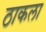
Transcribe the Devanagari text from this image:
ठाकला